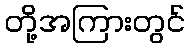
တို့အကြားတွင်